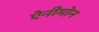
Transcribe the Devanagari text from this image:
ऐनीमोन